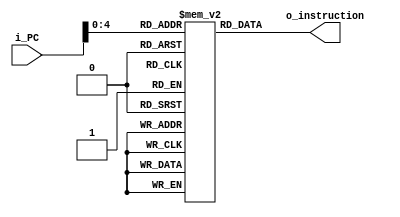
module iMEM#(
    parameter MEM_DEPTH = 32
    )(
    input  [31:0] i_PC,
    output [31:0] o_instruction
    );
    reg [31:0] instruction_mem [0:MEM_DEPTH-1];
	
	assign o_instruction = instruction_mem[i_PC]; 

endmodule